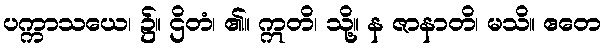
ပက္ကာသယေ၊ ၌။ ဌိတံ၊ ၏။ ဣတိ၊ သို့။ န ဇာနာတိ၊ မသိ။ ဧတေ